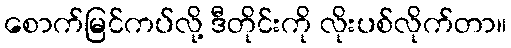
စောက်မြင်ကပ်လို့ ဒီတိုင်းကို လိုးပစ်လိုက်တာ။